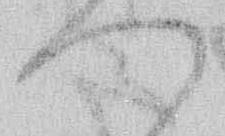
つ